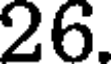
26.